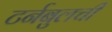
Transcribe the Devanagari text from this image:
टर्नबुलची